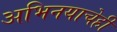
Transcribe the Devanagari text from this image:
अभिनयाचेही